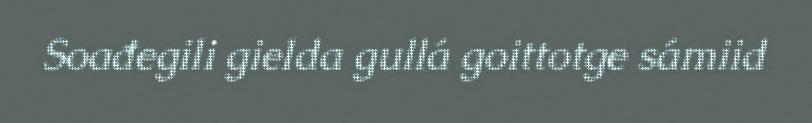
Soađegili gielda gullá goittotge sámiid